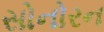
સોનોરન